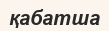
қабатша